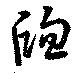
窓